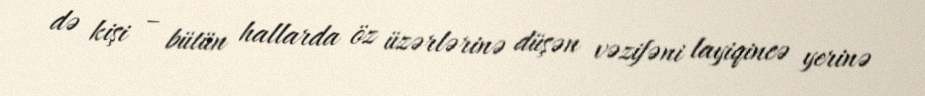
də kişi – bütün hallarda öz üzərlərinə düşən vəzifəni layiqincə yerinə